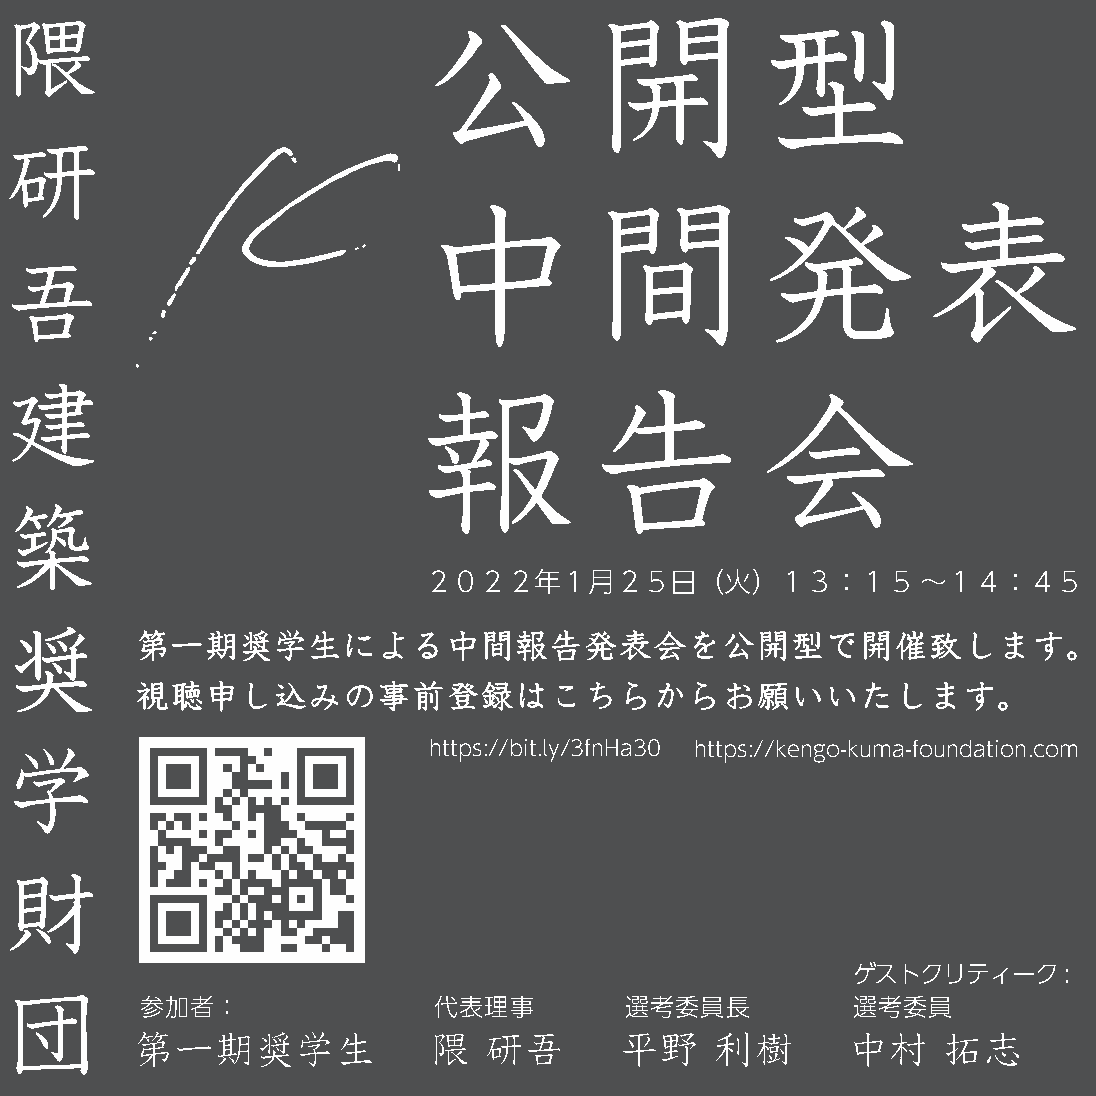
隈
 公開型
 研
 中間発表
 吾
 建
 報告会
 築
 ２０２２年１月２５日（火）１３：１５               〜１４：４５
 奨
 第一期奨学生による中間報告発表会を公開型で開催致します。
 視聴申し込みの事前登録はこちらからお願いいたします。
 学
 https://bit.ly/3fnHa30 https://kengo-kuma-foundation.com
 財
 団                                                       ゲストクリティーク:
 参加者：                代表理事        選考委員長          選考委員
 第一期奨学生             隈   研吾       平野    利樹       中村    拓志